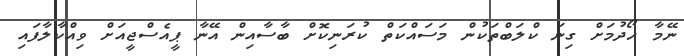
ނޭމާ ހޯދުމަށް ގިނަ ކްލަބްތަކުން މަސައްކަތް ކުރަނިކޮށް ބާސާއިން އޭނާ ޕީއެސްޖީއަށް ވިއްކާލާފައި